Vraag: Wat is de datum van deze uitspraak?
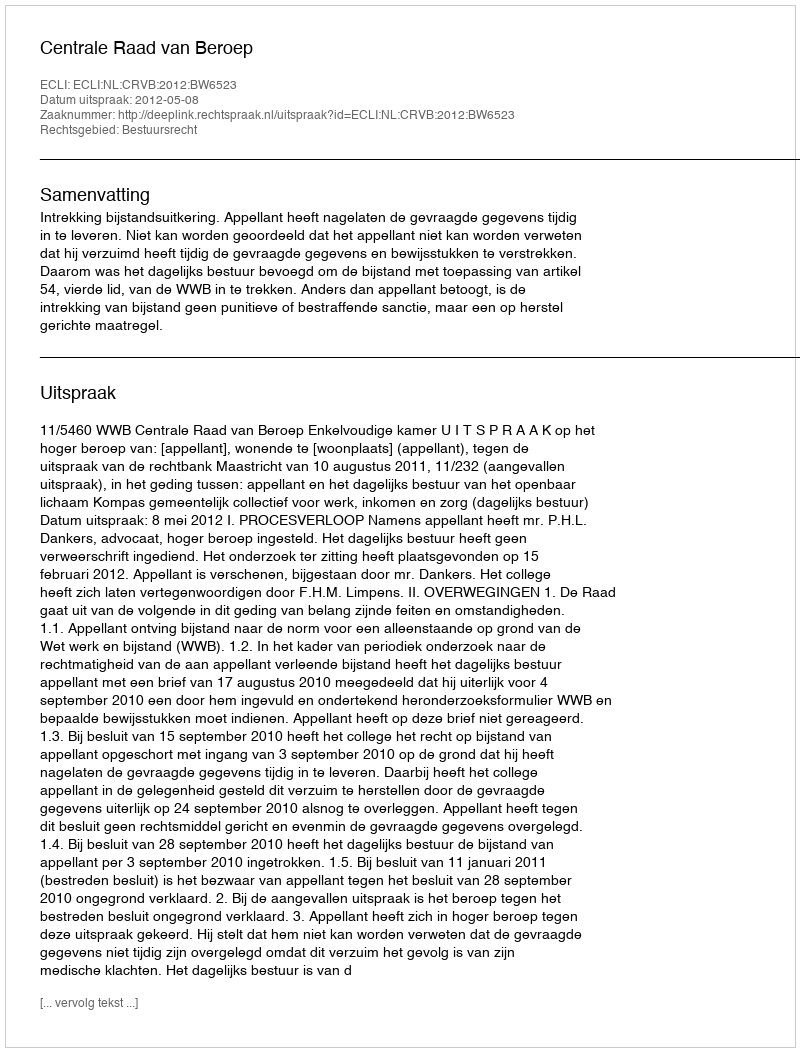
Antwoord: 2012-05-08